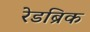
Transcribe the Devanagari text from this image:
रेडब्रिक